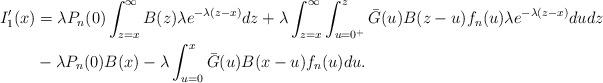
LaTeX: \begin{align*}I_1'(x) &= \lambda P_n(0) \int_{z=x}^{\infty} B(z)\lambda e^{-\lambda(z-x)}dz + \lambda \int_{z=x}^{\infty} \int_{u=0^+}^{z} \bar{G}(u)B(z-u)f_n(u)\lambda e^{-\lambda(z-x)} du dz \\ & - \lambda P_n(0) B(x) - \lambda\int_{u=0}^{x}\bar{G}(u)B(x-u)f_n(u)du. \end{align*}